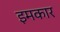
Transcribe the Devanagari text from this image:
इमकार